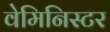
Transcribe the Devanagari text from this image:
वेमिनिस्टर